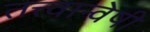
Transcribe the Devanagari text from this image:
तत्त्वान्वेषी